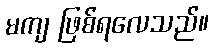
မကျ ဖြစ်ရလေသည်။